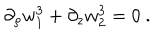
\partial _ { \rho } w _ { 1 } ^ { 3 } + \partial _ { z } w _ { 2 } ^ { 3 } = 0 \ .